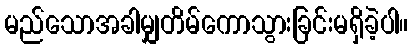
မည်သောအခါမျှတိမ်ကောသွားခြင်းမရှိခဲ့ပါ။